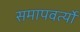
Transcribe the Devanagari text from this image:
समापवर्त्यो